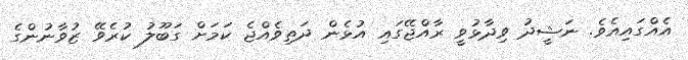
އެއްގައިއެވެ. ނަޝީދު ވިދާޅުވީ ރާއްޖޭގައި އުޅެން ދަތިވެއްޖެ ކަމަށް ގަބޫލު ކުރެވޭ ޒުވާނުންގެ